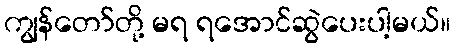
ကျွန်တော်တို့ မရ ရအောင်ဆွဲပေးပါ့မယ်။